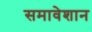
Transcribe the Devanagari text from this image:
समावेशान